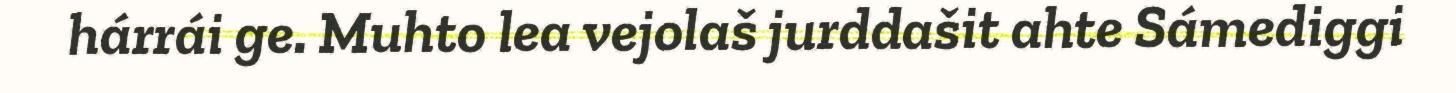
hárrái ge. Muhto lea vejolaš jurddašit ahte Sámediggi